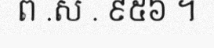
ព .ស . ៩៥៦ ។